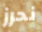
نحرز